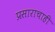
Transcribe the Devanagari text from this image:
प्रसाराचाही